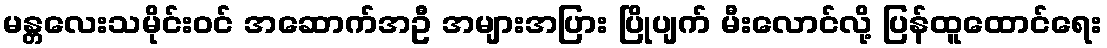
မန္တလေးသမိုင်းဝင် အဆောက်အဦ အများအပြား ပြိုပျက် မီးလောင်လို့ ပြန်ထူထောင်ရေး